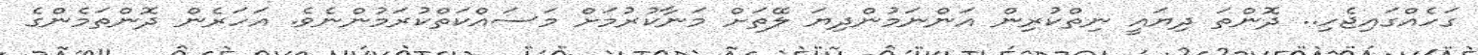
ގަހެއްގައިޖެހި.. ދޮންތަ ދިޔައީ ނިތްކުރިން އަންނަމުންދިޔަ ލޭތަށް މަނާކުރުމަށް މަސައްކަތްކުރަމުންނެވެ. އަހަރެން ދޮންތަމެންގެ